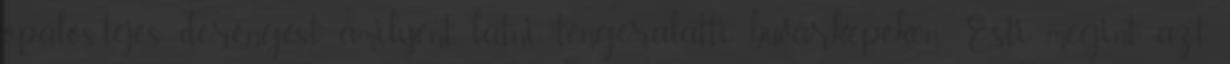
opálos-tejes derengést, amilyent látni, tengeralatti buvárképeken. Esti megint azt